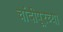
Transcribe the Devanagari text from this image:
चांदीपूरच्या